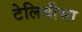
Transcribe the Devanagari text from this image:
टेलिवीसा